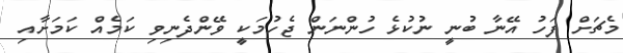
މެޗަށް ފަހު އޭނާ ބުނީ ނުކުޅެ ހުންނަން ޖެހުމަކީ ވޭންދެނިވި ކަމެއް ކަމަށާއި